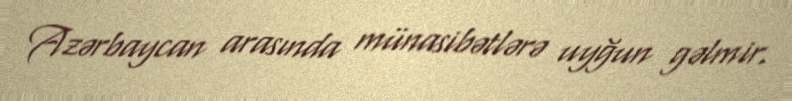
Azərbaycan arasında münasibətlərə uyğun gəlmir.